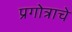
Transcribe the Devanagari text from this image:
प्रगोत्राचे